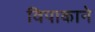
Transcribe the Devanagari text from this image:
विपाकाने